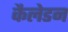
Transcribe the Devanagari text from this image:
कैलेडन